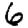
Digit: 6